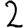
Digit: 2